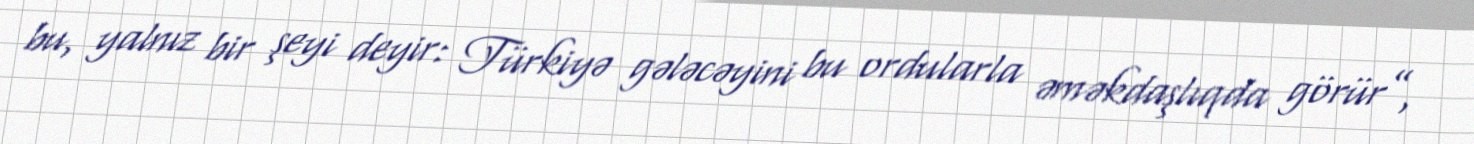
bu, yalnız bir şeyi deyir: Türkiyə gələcəyini bu ordularla əməkdaşlıqda görür”,